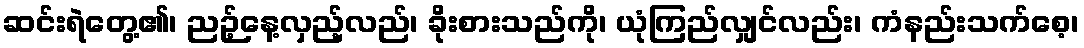
ဆင်းရဲတွေ့၏၊ ညဉ့်နေ့လှည့်လည်၊ ခိုးစားသည်ကို၊ ယုံကြည်လျှင်လည်း၊ ကံနည်းသက်စေ့၊